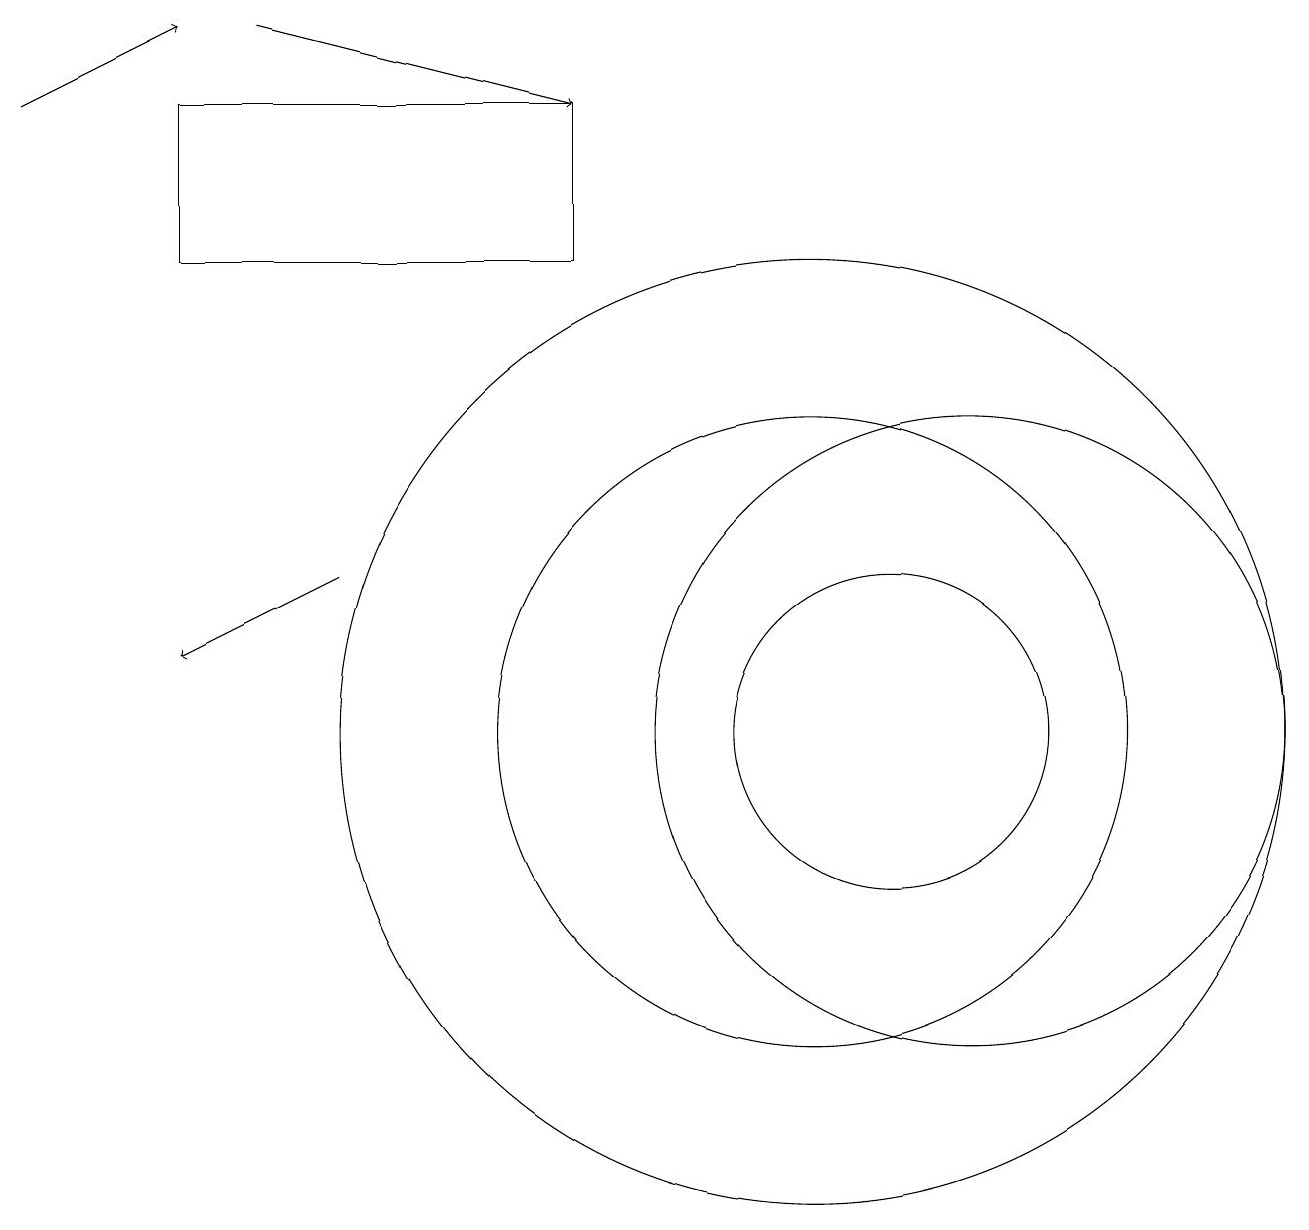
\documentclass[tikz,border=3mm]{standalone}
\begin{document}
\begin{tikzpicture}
\draw (12,10) circle (4);
\draw[->] (3,19) -- (7,18);
\draw (10,10) circle (4);
\draw[->] (0,18) -- (2,19);
\draw (10,10) circle (6);
\draw (11,10) circle (2);
\draw[->] (4,12) -- (2,11);
\draw (2,18) rectangle (7,16);
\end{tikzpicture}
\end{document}